Vaccination in Burma 1889-1999 - 1889-1999
Year: 1889
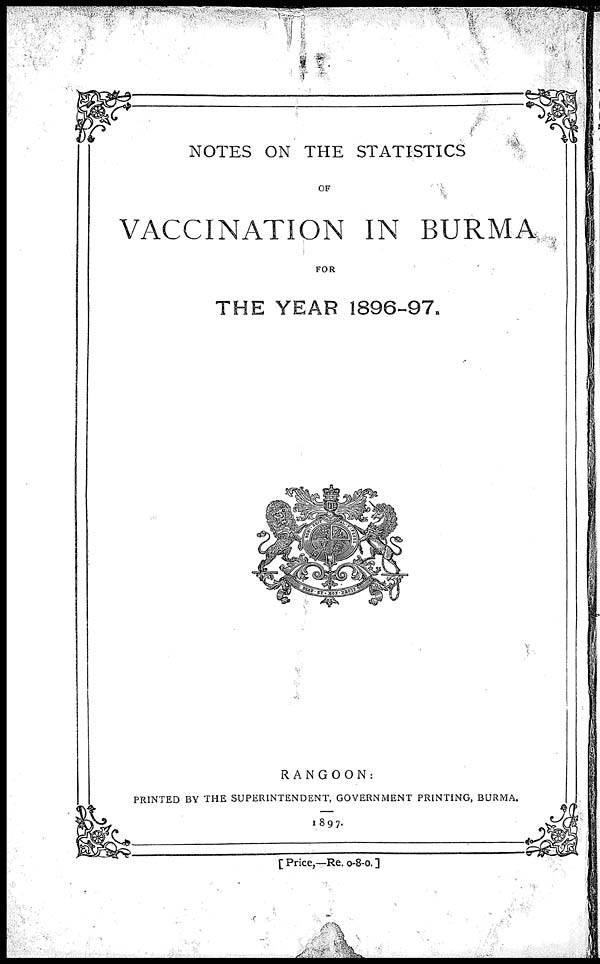
NOTES ON THE STATISTICS
OF
VACCINATION IN BURMA
FOR
THE YEAR 1896-97.
RANGOON:
PRINTED BY THE SUPERINTENDENT, GOVERNMENT PRINTING, BURMA.
1897.
[ Price,—Re. 0-8-0. ]